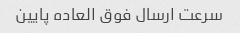
سرعت ارسال فوق العاده پایین